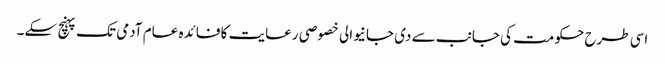
اسی طرح حکومت کی جانب سے دی جانیوالی خصوصی رعایت کا فائدہ عام آدمی تک پہنچ سکے۔